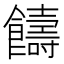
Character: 𩟕